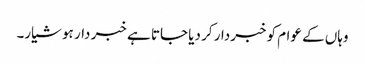
وہاں کے عوام کو خبردار کر دیا جاتا ہے خبر دار ہو شیار۔